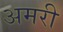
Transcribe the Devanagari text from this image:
अमरी